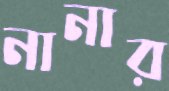
নানার